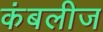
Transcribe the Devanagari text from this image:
कंबलीज